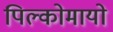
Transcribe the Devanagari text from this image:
पिल्कोमायो